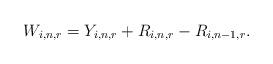
LaTeX: \begin{align*}W_{i,n,r}=Y_{i,n,r}+R_{i,n,r}-R_{i,n-1,r}.\end{align*}